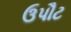
ઉપૌટ